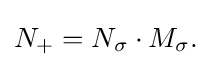
\displaystyle {N_{+}=N_{\sigma }\cdot M_{\sigma }.}